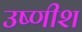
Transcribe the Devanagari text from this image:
उष्णीश